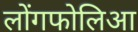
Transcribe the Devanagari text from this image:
लोंगफोलिआ